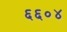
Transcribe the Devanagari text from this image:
६६०४